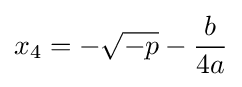
x_{4}=-{\sqrt {-p}}-{\frac {b}{4a}}